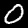
Label: 0